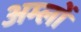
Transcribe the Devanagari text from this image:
अम्‍लों